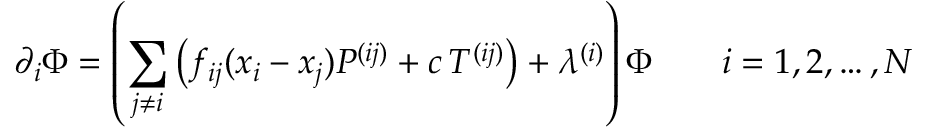
\partial _ { i } \Phi = \left( \sum _ { j \ne i } \left( f _ { i j } ( x _ { i } - x _ { j } ) P ^ { ( i j ) } + c \, T ^ { ( i j ) } \right) + \lambda ^ { ( i ) } \right) \Phi \qquad i = 1 , 2 , \ldots , N